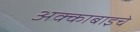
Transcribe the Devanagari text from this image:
अक्काबाइचे